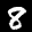
Label: 8